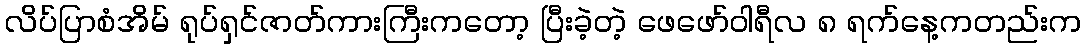
လိပ်ပြာစံအိမ် ရုပ်ရှင်ဇာတ်ကားကြီးကတော့ ပြီးခဲ့တဲ့ ဖေဖော်ဝါရီလ ၈ ရက်နေ့ကတည်းက